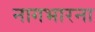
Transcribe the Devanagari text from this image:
नागभारना